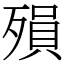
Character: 殞